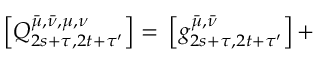
\left[ Q _ { 2 s + \tau , 2 t + \tau ^ { \prime } } ^ { \bar { \mu } , \bar { \nu } , \mu , \nu } \right] = \, \left[ g _ { 2 s + \tau , 2 t + \tau ^ { \prime } } ^ { \bar { \mu } , \bar { \nu } } \right] + \,